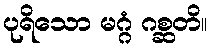
ပုရိသော မဂ္ဂံ ဂစ္ဆတိ။